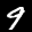
Label: 9